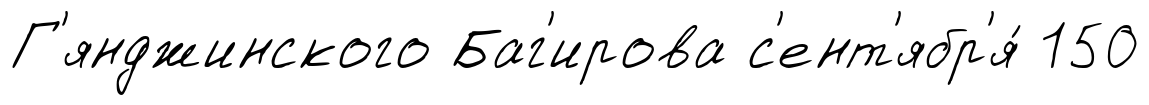
Г'янджинского Баг'ирова с'ент'ябр'я́ 150